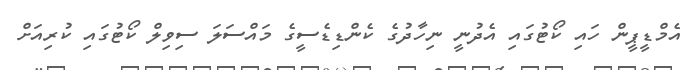
އެމްޑީޕީން ހައި ކޯޓުގައި އެދުނީ ނިހާދުގެ ކެންޑިޑެސީގެ މައްސަލަ ސިވިލް ކޯޓުގައި ކުރިއަށް